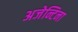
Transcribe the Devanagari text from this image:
अजेन्टिना